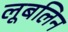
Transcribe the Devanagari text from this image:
लूबलिन